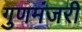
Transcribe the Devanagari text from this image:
गुणमंजरी